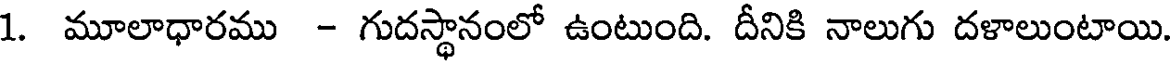
1. మూలాధారము - గుదస్థానంలో ఉంటుంది. దీనికి నాలుగు దళాలుంటాయి.